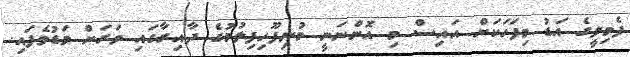
ފެމިލީގެ އަޑު މިފަހަކަށް އައިސް މި އޮންނަނީ މުނިފޫހިފިލުމުގެ ދާއިރާގައި ވަރަށް މަޑުވެފައި.